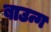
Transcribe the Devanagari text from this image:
बाउन्ग